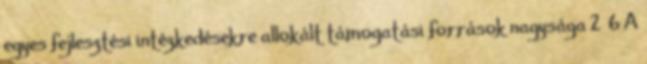
egyes fejlesztési intézkedésekre allokált támogatási források nagysága 2 6 A